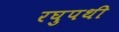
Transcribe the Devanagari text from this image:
रघुपथी